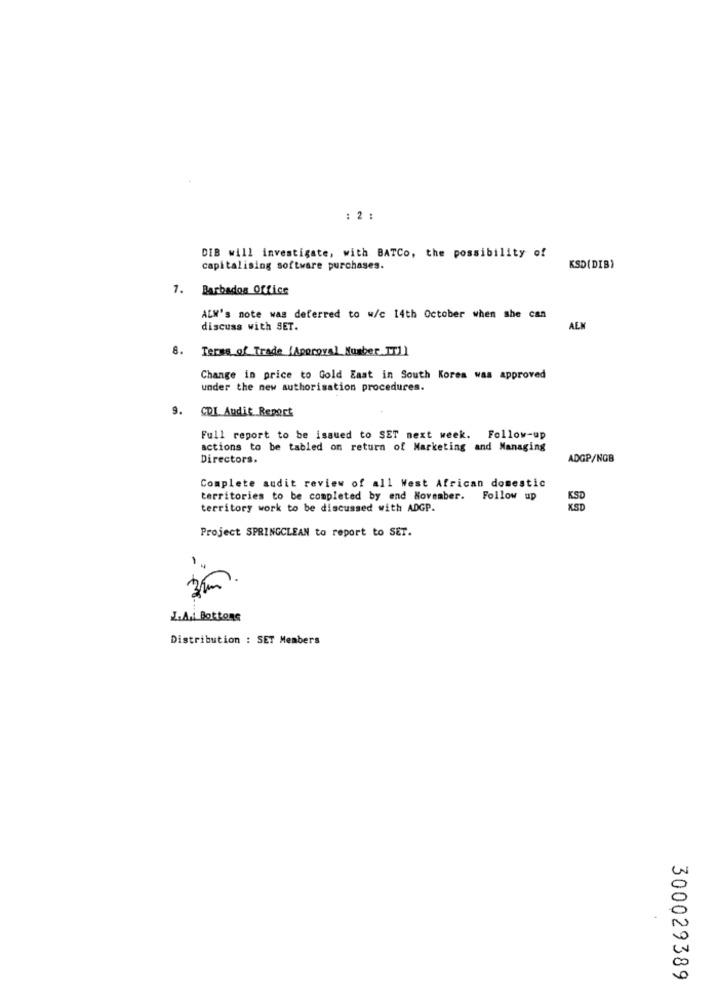
: 2 :
DIB will investigate, with BATCo, the possibility of
capitalising software purchases.
KSD(DIB)
7. Barbados Office
ALW's note was deferred to w/c 14th October when she can
discuss with SET.
ALM
8.
Terms of Trade [Approval Number IT]]
Change in price to Gold East in South Korea was approved
under the new authorisation procedures.
9.
CDI Audit Report
Full report to be issued to SET next week. Follow-up
actions to be tabled on return of Marketing and Managing
Directors.
ADGP/NOB
Complete audit review of all West African domestic
territories to be completed by end November. Follow up
territory work to be discussed with ADGP.
Project SPRINGCLEAN to report to SET.
3 mm
L.A. Bottone
Distribution : SET Members
300029389